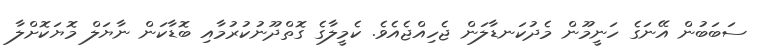
ސަބަބުން އޭނަގެ ހަނީމޫން މެދުކަނޑާލަން ޖެހިއްޖެއެވެ. ކެމީލާގެ ގޮތްދޫނުކުރުމާއި ބޮޑާކަން ނާޔަލް މޮޔަކޮށްލާ